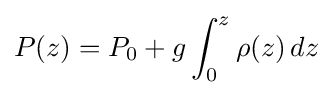
P(z)=P_{0}+g\int _{0}^{z}\rho (z)\,dz